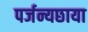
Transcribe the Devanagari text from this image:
पर्जन्यछाया